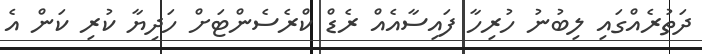
ދަތުރެއްގައި ލިބުނު ހުރިހާ ފައިސާއެއް ރެޑް ކްރެސެންޓަށް ހަދިޔާ ކުރި ކަން އެ